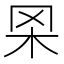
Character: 𦊋